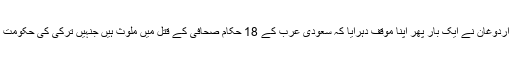
واشنگٹن پوسٹ کے لیے لکھے گئے اپنے کالم میں ترک صدر طیب اردوغان نے ایک بار پھر اپنا موقف دہرایا کہ سعودی عرب کے 18 حکام صحافی کے قتل میں ملوث ہیں جنہیں ترکی کی حکومت کے حوالے کیا جانا چاہیے تاکہ مقتول کی لاش کا پتہ لگایا جاسکے۔